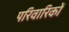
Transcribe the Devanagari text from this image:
परिवारिकों